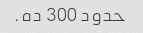
حدود 300 ده.